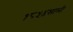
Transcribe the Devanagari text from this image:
१८५४साली